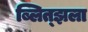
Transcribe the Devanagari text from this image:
ब्लित्झला